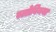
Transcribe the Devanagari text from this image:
स्लोवेिनया